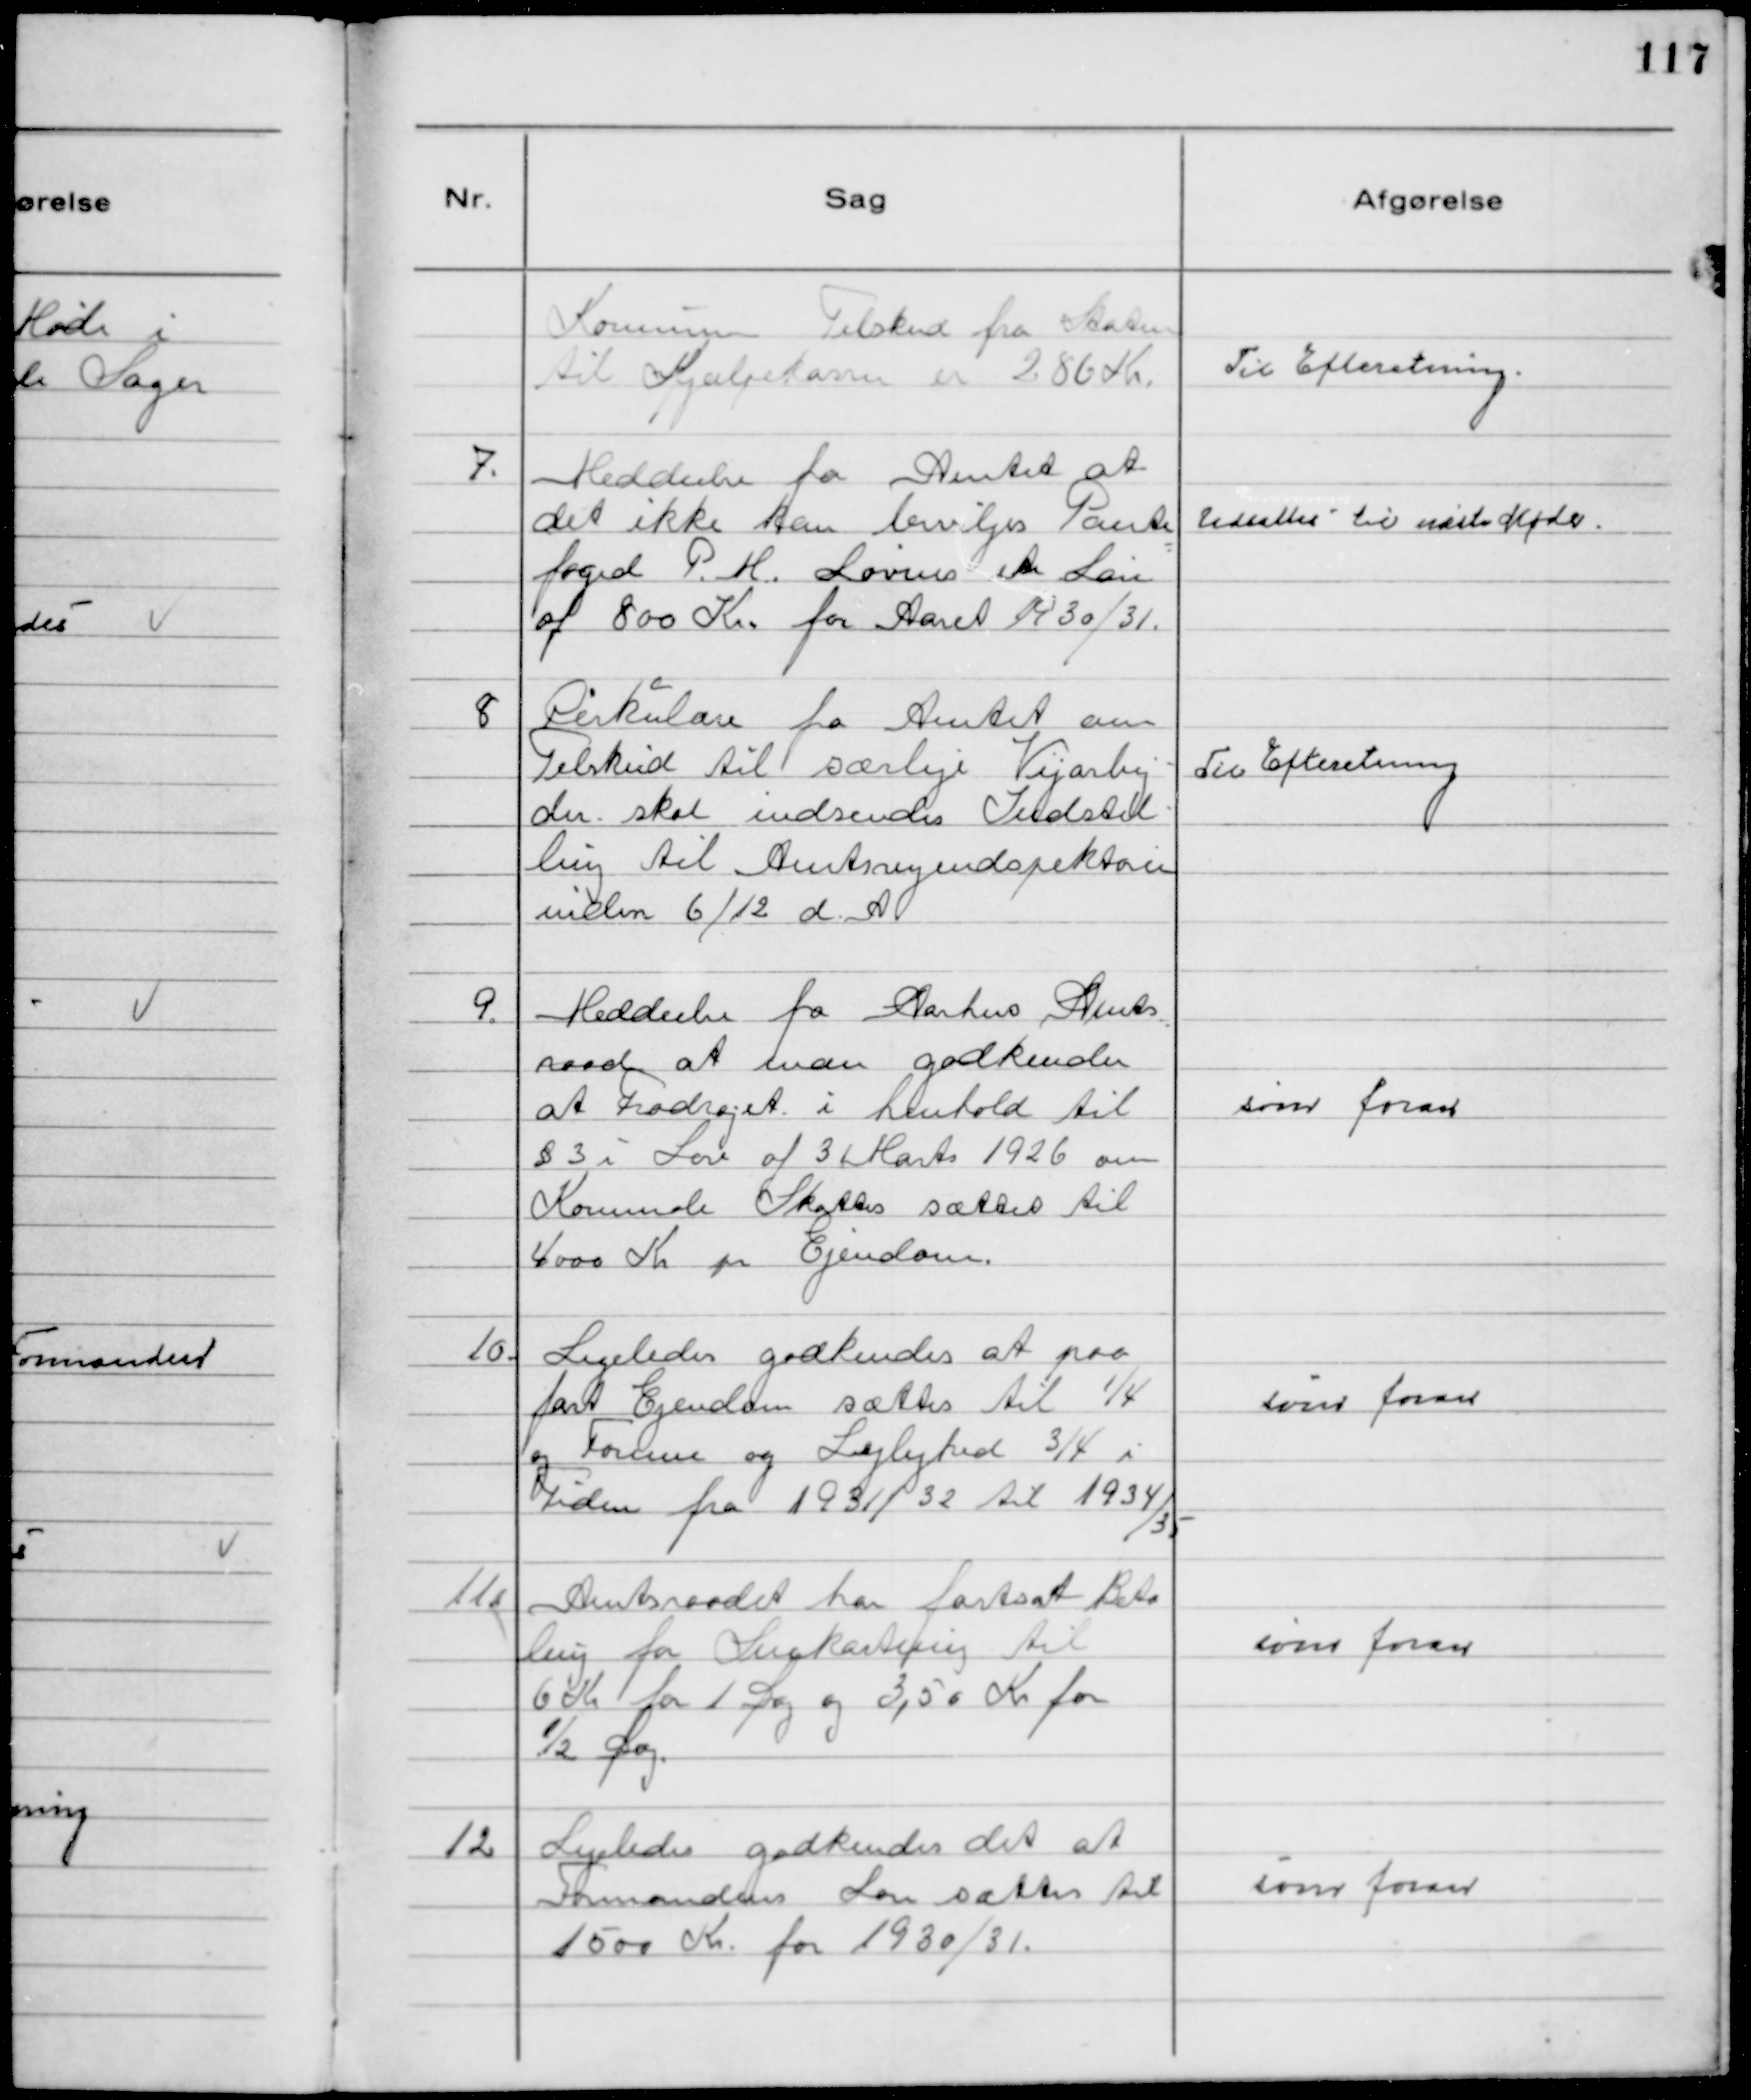
Transskription:
Kommunens Tilskud fra Staten
til Hjælpekasse er 286 Kr.

Til Efteretning.

7.
Meddeelse fra Amtet at
det ikke kan bevilges Pante-
foged P.M. Lovins en Løn
af 800 Kr. for Aaret 1930/31.

Udsattes til næste Møde.

8
Cirkulære fra Amtet om
Tilskud til særlige Vejarbej-
der skal indsendes Indstil-
ling til Amtsvejindspektøren
inden 6/12 d. A.

Til Efteretning

9.
Meddeelse fra Aarhus Amts
raad at man godkender
at Fradraget i henhold til
§ 3 i Lov af 31 Marts 1926 om
Kommunale Skatter sættes til
4000 Kr pr Ejendom.

som foran

10.
Ligeledes godkendes at paa
fast Ejendom sættes til 1/4
og Formue og Lejlighed 3/4 i
Tiden fra 1931/32 til 1934/35

som foran

11.
Amtsraadet har fastsat Beta
ling for Snekastning til
6 Kr for 1 Dag og 3,50 Kr for
1/2 Dag.

som foran

12
Ligeledes godkendes det at
Formandens Løn sættes til
1500 Kr. for 1930/31.

som foran